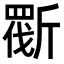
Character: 𣂿